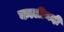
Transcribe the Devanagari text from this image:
कालीनदी